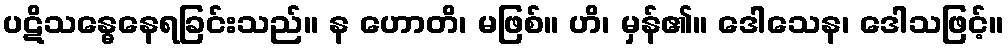
ပဋိသန္ဓေနေရခြင်းသည်။ န ဟောတိ၊ မဖြစ်။ ဟိ၊ မှန်၏။ ဒေါသေန၊ ဒေါသဖြင့်။